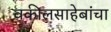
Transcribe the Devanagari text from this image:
वकीलसाहेबांचा